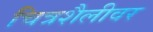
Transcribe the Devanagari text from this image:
चित्रशैलीवर